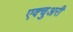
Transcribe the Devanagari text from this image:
एक्चुअरी